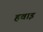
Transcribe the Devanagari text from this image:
हवाइ